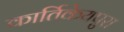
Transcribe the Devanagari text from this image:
कार्तिकेयपुरा